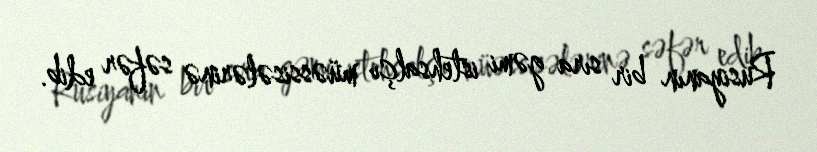
Rusiyanın bir sıra gəmi istehsalçı müəssisələrinə səfər edib.